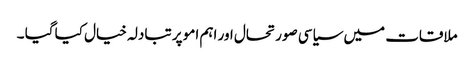
ملاقات میں سیاسی صورتحال اور اہم امو پر تبادلہ خیال کیا گیا ۔